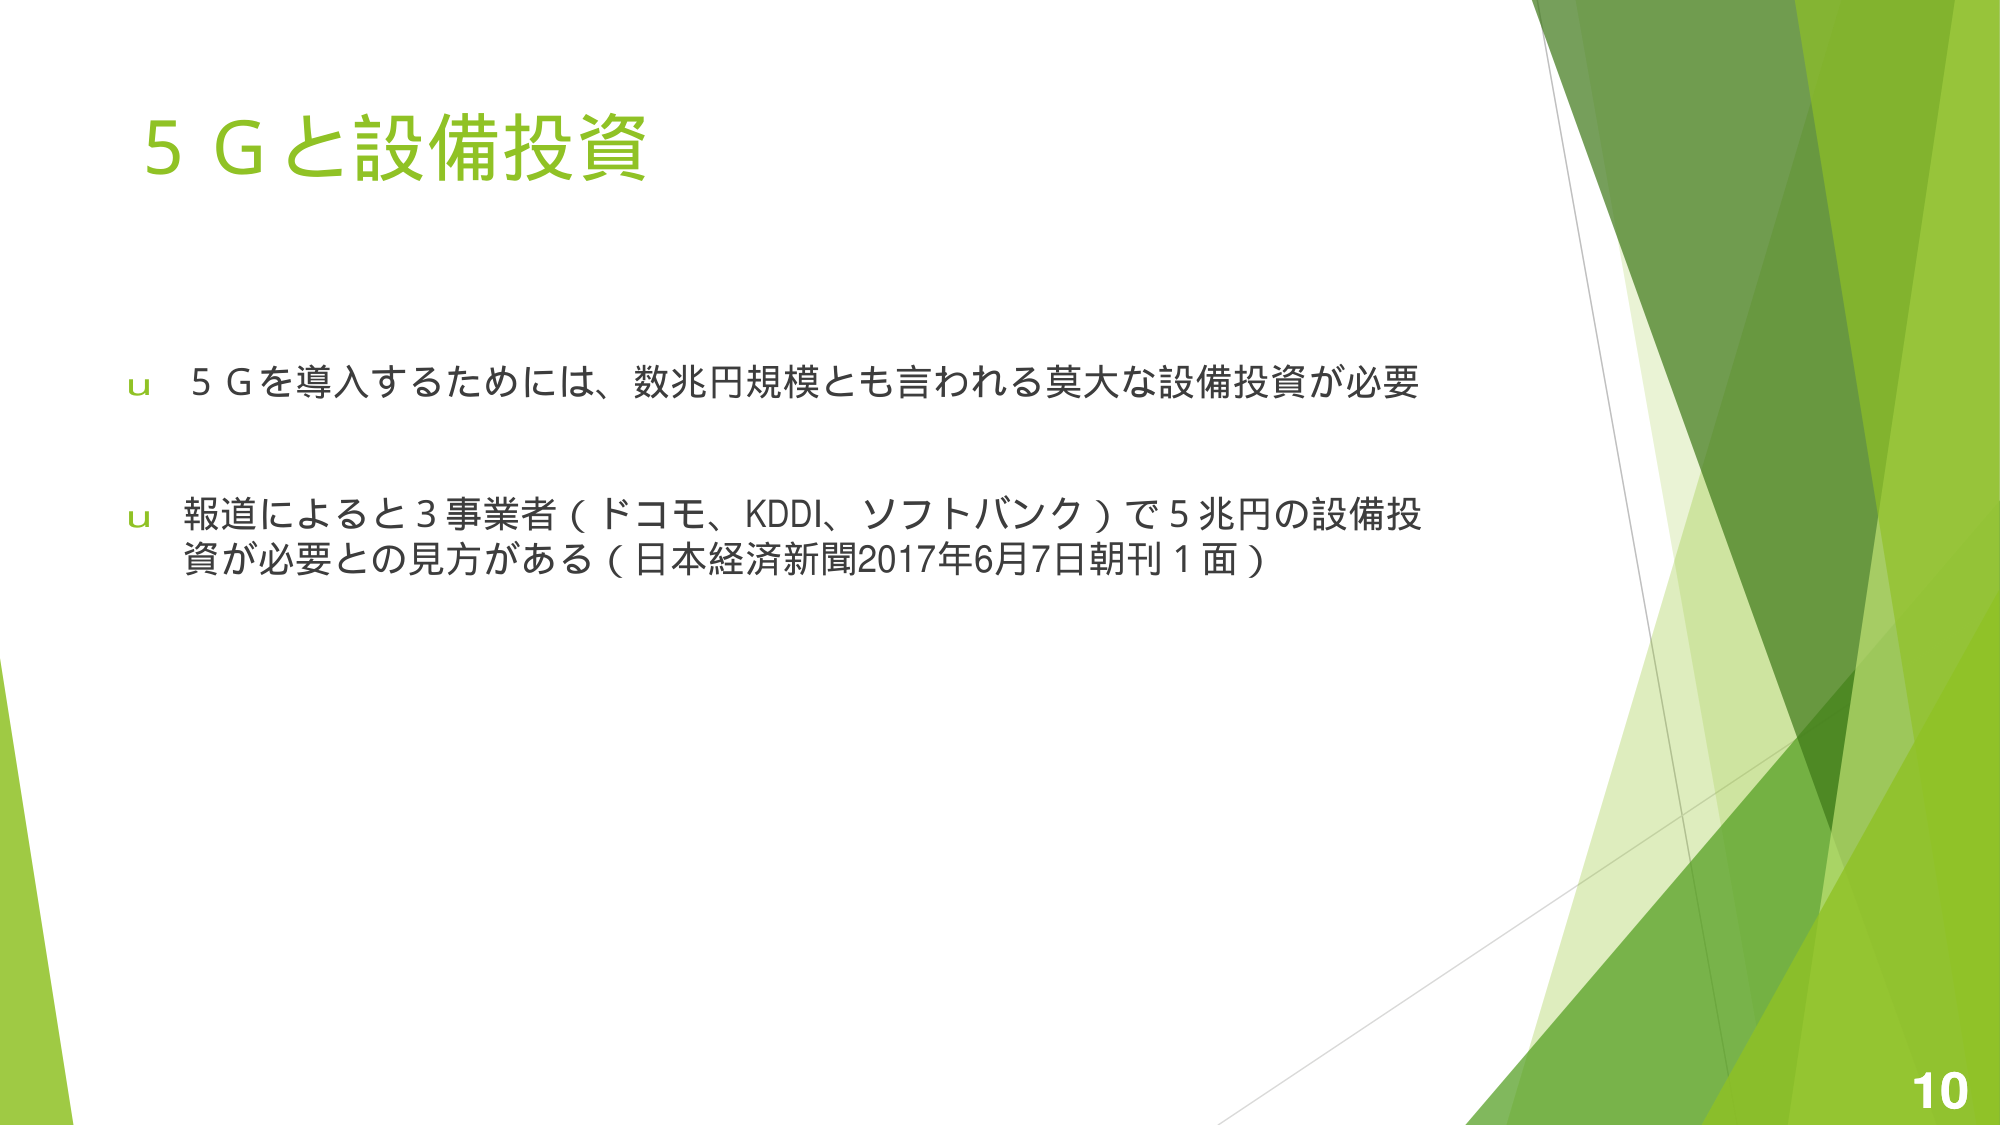
5 Gと設備投資

u 5 Gを導入するためには、数兆円規模とも言われる莫大な設備投資が必要

u 報道によると3事業者（ドコモ、KDDI、ソフトバンク）で5兆円の設備投資が必要との見方がある（日本経済新聞2017年6月7日朝刊1面）

10